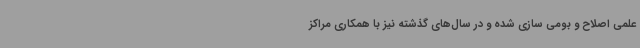
علمی اصلاح و بومی سازی شده و در سال‌های گذشته نیز با همکاری مراکز